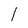
Character: l